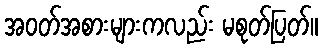
အဝတ်အစားများကလည်း မစုတ်ပြတ်။